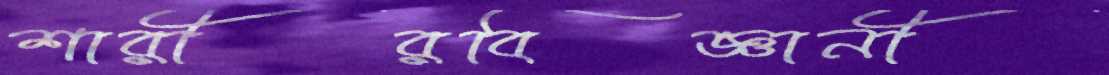
শারীরবিজ্ঞানী